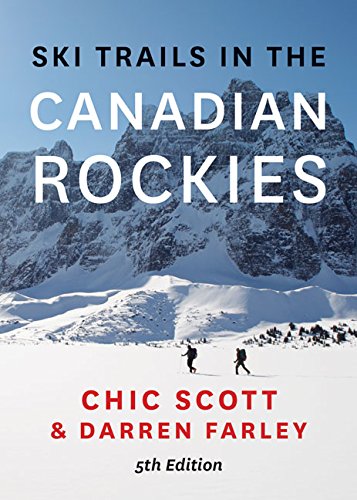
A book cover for Ski Trails in the Canadian Rockies; Chic Scott; Travel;